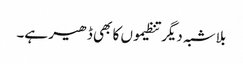
بلاشبہ دیگر تنظیموں کا بھی ڈھیر ہے۔